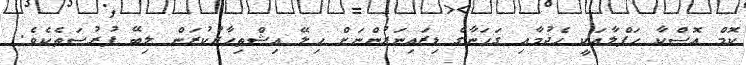
ކޮމް އޮސްކާ ހަފްލާއަކީ ހެދުމާއި ގަހަނާގެ ޑިޒައިނަރުންނަށް ހިލޭ އިޝްތިހާރުކުރަން ލިބޭ ފުރުސަތެކެވެ.